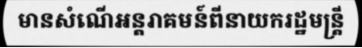
មានសំណើអន្តរាគមន៍ពីនាយករដ្ឋមន្ត្រី